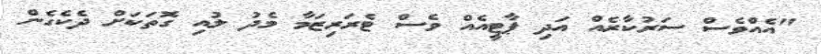
"އެއްވެސް ސަރުކާރެއް އަދި ޕާޓީއެއް ވެސް ޓެރަރިޒަމާ މެދު ލުއި ގޮތަކަށް ދެކެގެން